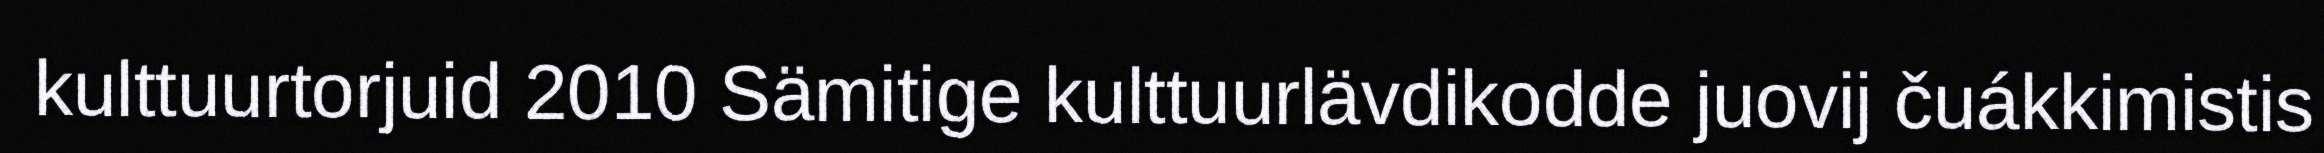
kulttuurtorjuid 2010 Sämitige kulttuurlävdikodde juovij čuákkimistis